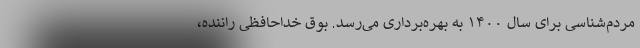
مردم‌شناسی برای سال ۱۴۰۰ به بهره‌برداری می‌رسد. بوق خداحافظی راننده،